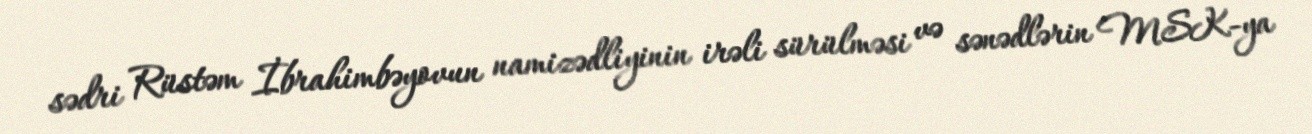
sədri Rüstəm İbrahimbəyovun namizədliyinin irəli sürülməsi və sənədlərin MSK-ya